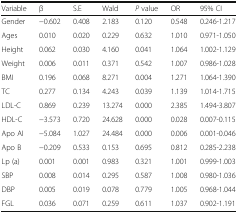
| Variable | β | S.E | Wald | P value | OR | 95% CI |
 | --- | --- | --- | --- | --- | --- | --- |
 | Gender | −0.602 | 0.408 | 2.183 | 0.120 | 0.548 | 0.246-1.217 |
 | Ages | 0.010 | 0.020 | 0.229 | 0.632 | 1.010 | 0.971-1.050 |
 | Height | 0.062 | 0.030 | 4.160 | 0.041 | 1.064 | 1.002-1.129 |
 | Weight | 0.006 | 0.011 | 0.371 | 0.542 | 1.007 | 0.986-1.028 |
 | BMI | 0.196 | 0.068 | 8.271 | 0.004 | 1.271 | 1.064-1.390 |
 | TC | 0.277 | 0.134 | 4.243 | 0.039 | 1.139 | 1.014-1.715 |
 | LDL-C | 0.869 | 0.239 | 13.274 | 0.000 | 2.385 | 1.494-3.807 |
 | HDL-C | −3.573 | 0.720 | 24.628 | 0.000 | 0.028 | 0.007-0.115 |
 | Apo AI | −5.084 | 1.027 | 24.484 | 0.000 | 0.006 | 0.001-0.046 |
 | Apo B | −0.209 | 0.533 | 0.153 | 0.695 | 0.812 | 0.285-2.238 |
 | Lp (a) | 0.001 | 0.001 | 0.983 | 0.321 | 1.001 | 0.999-1.003 |
 | SBP | 0.008 | 0.014 | 0.295 | 0.587 | 1.008 | 0.980-1.036 |
 | DBP | 0.005 | 0.019 | 0.078 | 0.779 | 1.005 | 0.968-1.044 |
 | FGL | 0.036 | 0.071 | 0.259 | 0.611 | 1.037 | 0.902-1.191 |